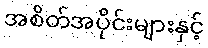
အစိတ်အပိုင်းများနှင့်